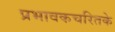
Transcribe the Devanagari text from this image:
प्रभावकचरितके